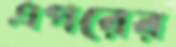
এপরের